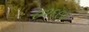
૦૨૬૯૨